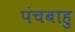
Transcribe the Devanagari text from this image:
पंचबाहु